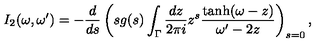
I _ { 2 } ( \omega , \omega ^ { \prime } ) = - \frac { d } { d s } \left( s g ( s ) \int _ { \Gamma } \frac { d z } { 2 \pi i } z ^ { s } \frac { \tanh ( \omega - z ) } { \omega ^ { \prime } - 2 z } \right) _ { s = 0 } ,